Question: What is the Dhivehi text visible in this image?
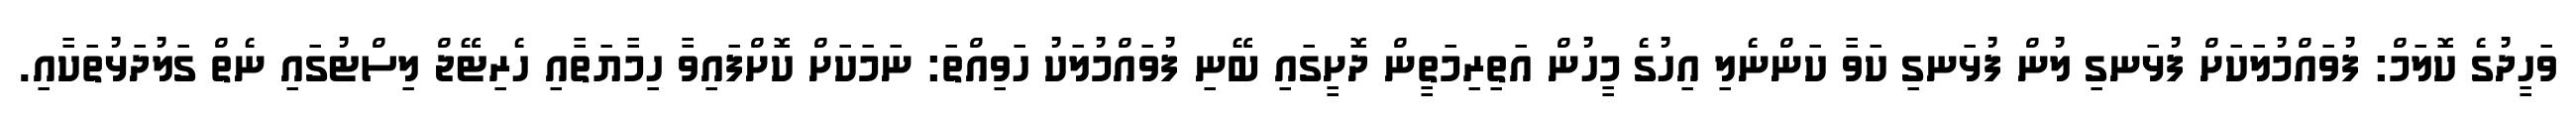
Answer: ވަހީދުގެ ކޮލަމް: ފުވައްމުލަކަށް ފުޅަނގި ލުން ފުޅަނގި ކަވާ ކަންނެލި އިހުގެ މީހުން އަތިރިމަތީން ދޮށީގައި ބޭނި ފުވައްމުލަކު ހަވިއްތަ: ނަމަކަށް ކޮށްފައިވާ ހިމާޔަތާއި ހެރިޓޭޖް ލިސްޓުގައި ނެތް ގަލުދަޅުތަކާއި.